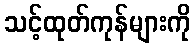
သင့်ထုတ်ကုန်များကို